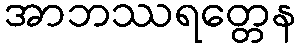
အာဘဿရတ္တေန